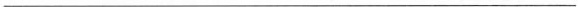
___